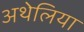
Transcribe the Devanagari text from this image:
अथेलिया